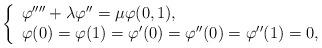
LaTeX: \begin{align*}\left\{\begin{array}{l} \varphi''''+\lambda \varphi''=\mu \varphi (0,1), \\ \varphi(0)=\varphi(1)=\varphi'(0)=\varphi''(0)=\varphi''(1)=0,\end{array}\right.\end{align*}